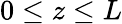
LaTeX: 0\leq z\leq L